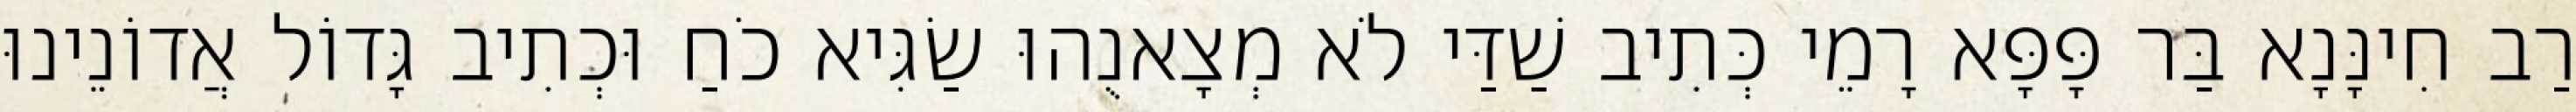
רַב חִינָּנָא בַּר פָּפָּא רָמֵי כְּתִיב שַׁדַּי לֹא מְצָאנֻהוּ שַׂגִּיא כֹחַ וּכְתִיב גָּדוֹל אֲדוֹנֵינוּ